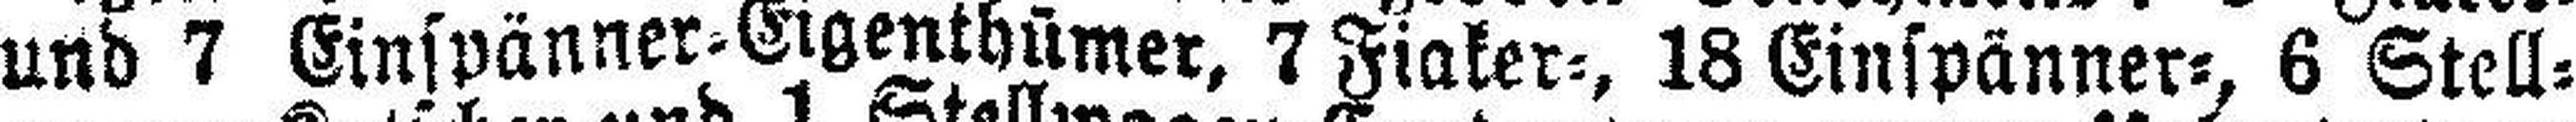
und 7 Einspänner=Eigenthümer, 7 Fiaker=, 18 Einspänner=, 6 Stell¬